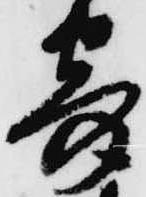
寄